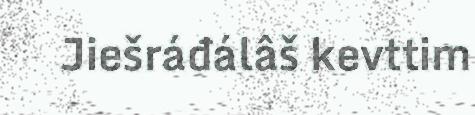
Jiešráđálâš kevttim